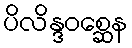
ပိလိန္ဒဝစ္ဆေန